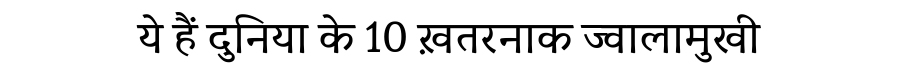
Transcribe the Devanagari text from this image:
ये हैं दुनिया के 10 ख़तरनाक ज्वालामुखी